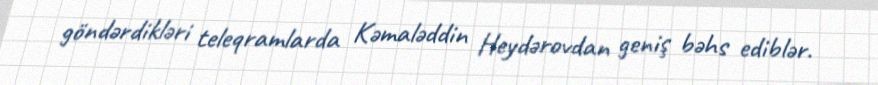
göndərdikləri teleqramlarda Kəmaləddin Heydərovdan geniş bəhs ediblər.